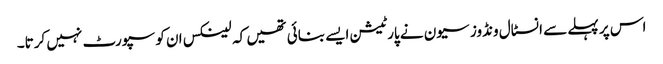
اس پر پہلے سے انسٹال ونڈوز سیون نے پارٹیشن ایسے بنائی تھیں کہ لینکس ان کو سپورٹ نہیں کرتا۔